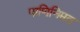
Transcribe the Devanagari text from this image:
पाणिनिमत